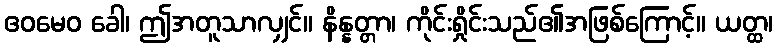
ဧဝမေဝ ခေါ၊ ဤအတူသာလျှင်။ နိန္နတ္တာ၊ ကိုင်းရှိုင်းသည်၏အဖြစ်ကြောင့်။ ယတ္ထ၊